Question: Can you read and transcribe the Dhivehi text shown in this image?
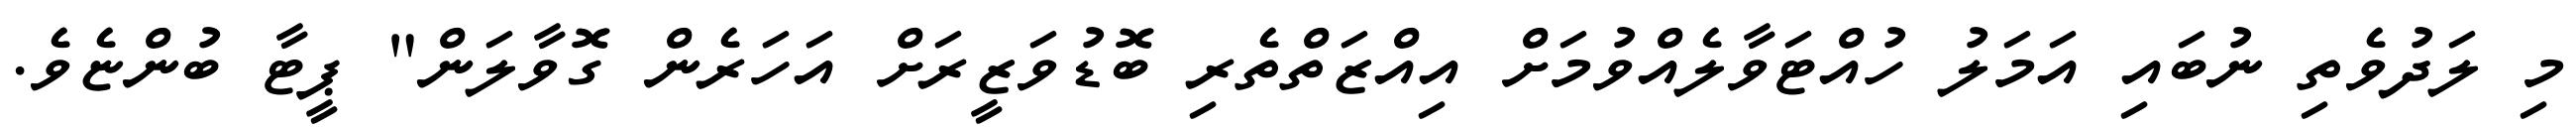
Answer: މި ލަދުވެތި ނުބައި އަމަލު ހުއްޓަވާލެއްވުމަށް އިއްޒަތްތެރި ބޮޑުވަޒީރަށް އަހަރެން ގޮވާލަން" ޕީޓާ ބުންޏެވެ.